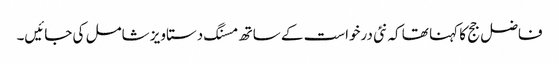
فاضل جج کا کہنا تھا کہ نئی درخواست کے ساتھ مسنگ دستاویز شامل کی جائیں۔